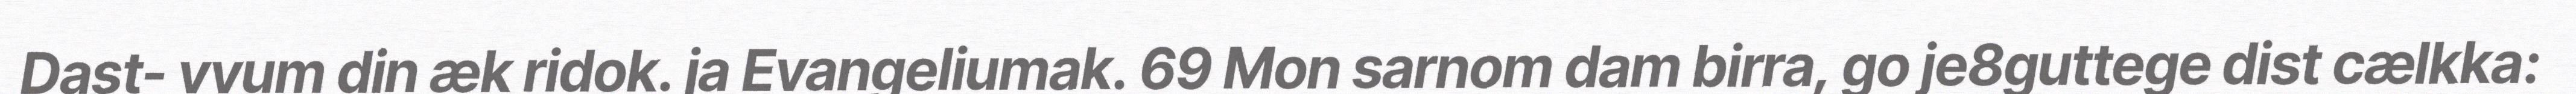
Dast- vvum din æk ridok. ja Evangeliumak. 69 Mon sarnom dam birra, go je8guttege dist cælkka: